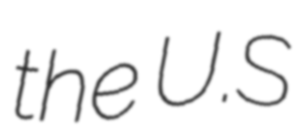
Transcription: the U.S